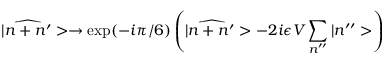
| \widehat { n + n ^ { \prime } } > \rightarrow \mathrm { e x p } ( - i \pi / 6 ) \left( | \widehat { n + n ^ { \prime } } > - 2 i \epsilon V \sum _ { n ^ { \prime \prime } } | n ^ { \prime \prime } > \right)